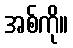
အစ်ကို။